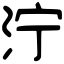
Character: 泞